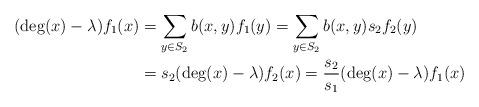
LaTeX: \begin{align*} (\deg(x) - \lambda) f_1(x) &= \sum_{y \in S_2} b(x,y) f_1(y) = \sum_{y \in S_2} b(x,y) s_2 f_2(y) \\ &= s_2(\deg(x) - \lambda) f_2(x) = \frac{s_2}{s_1}(\deg(x) - \lambda) f_1(x)\end{align*}